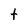
Character: t